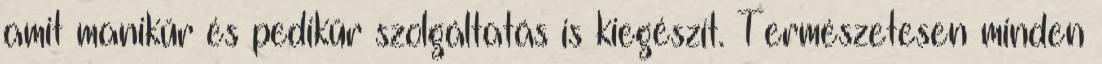
amit manikűr és pedikűr szolgáltatás is kiegészít. Természetesen minden